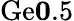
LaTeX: \mathrm{Ge}\le 0.5